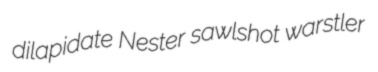
dilapidate Nester sawlshot warstler